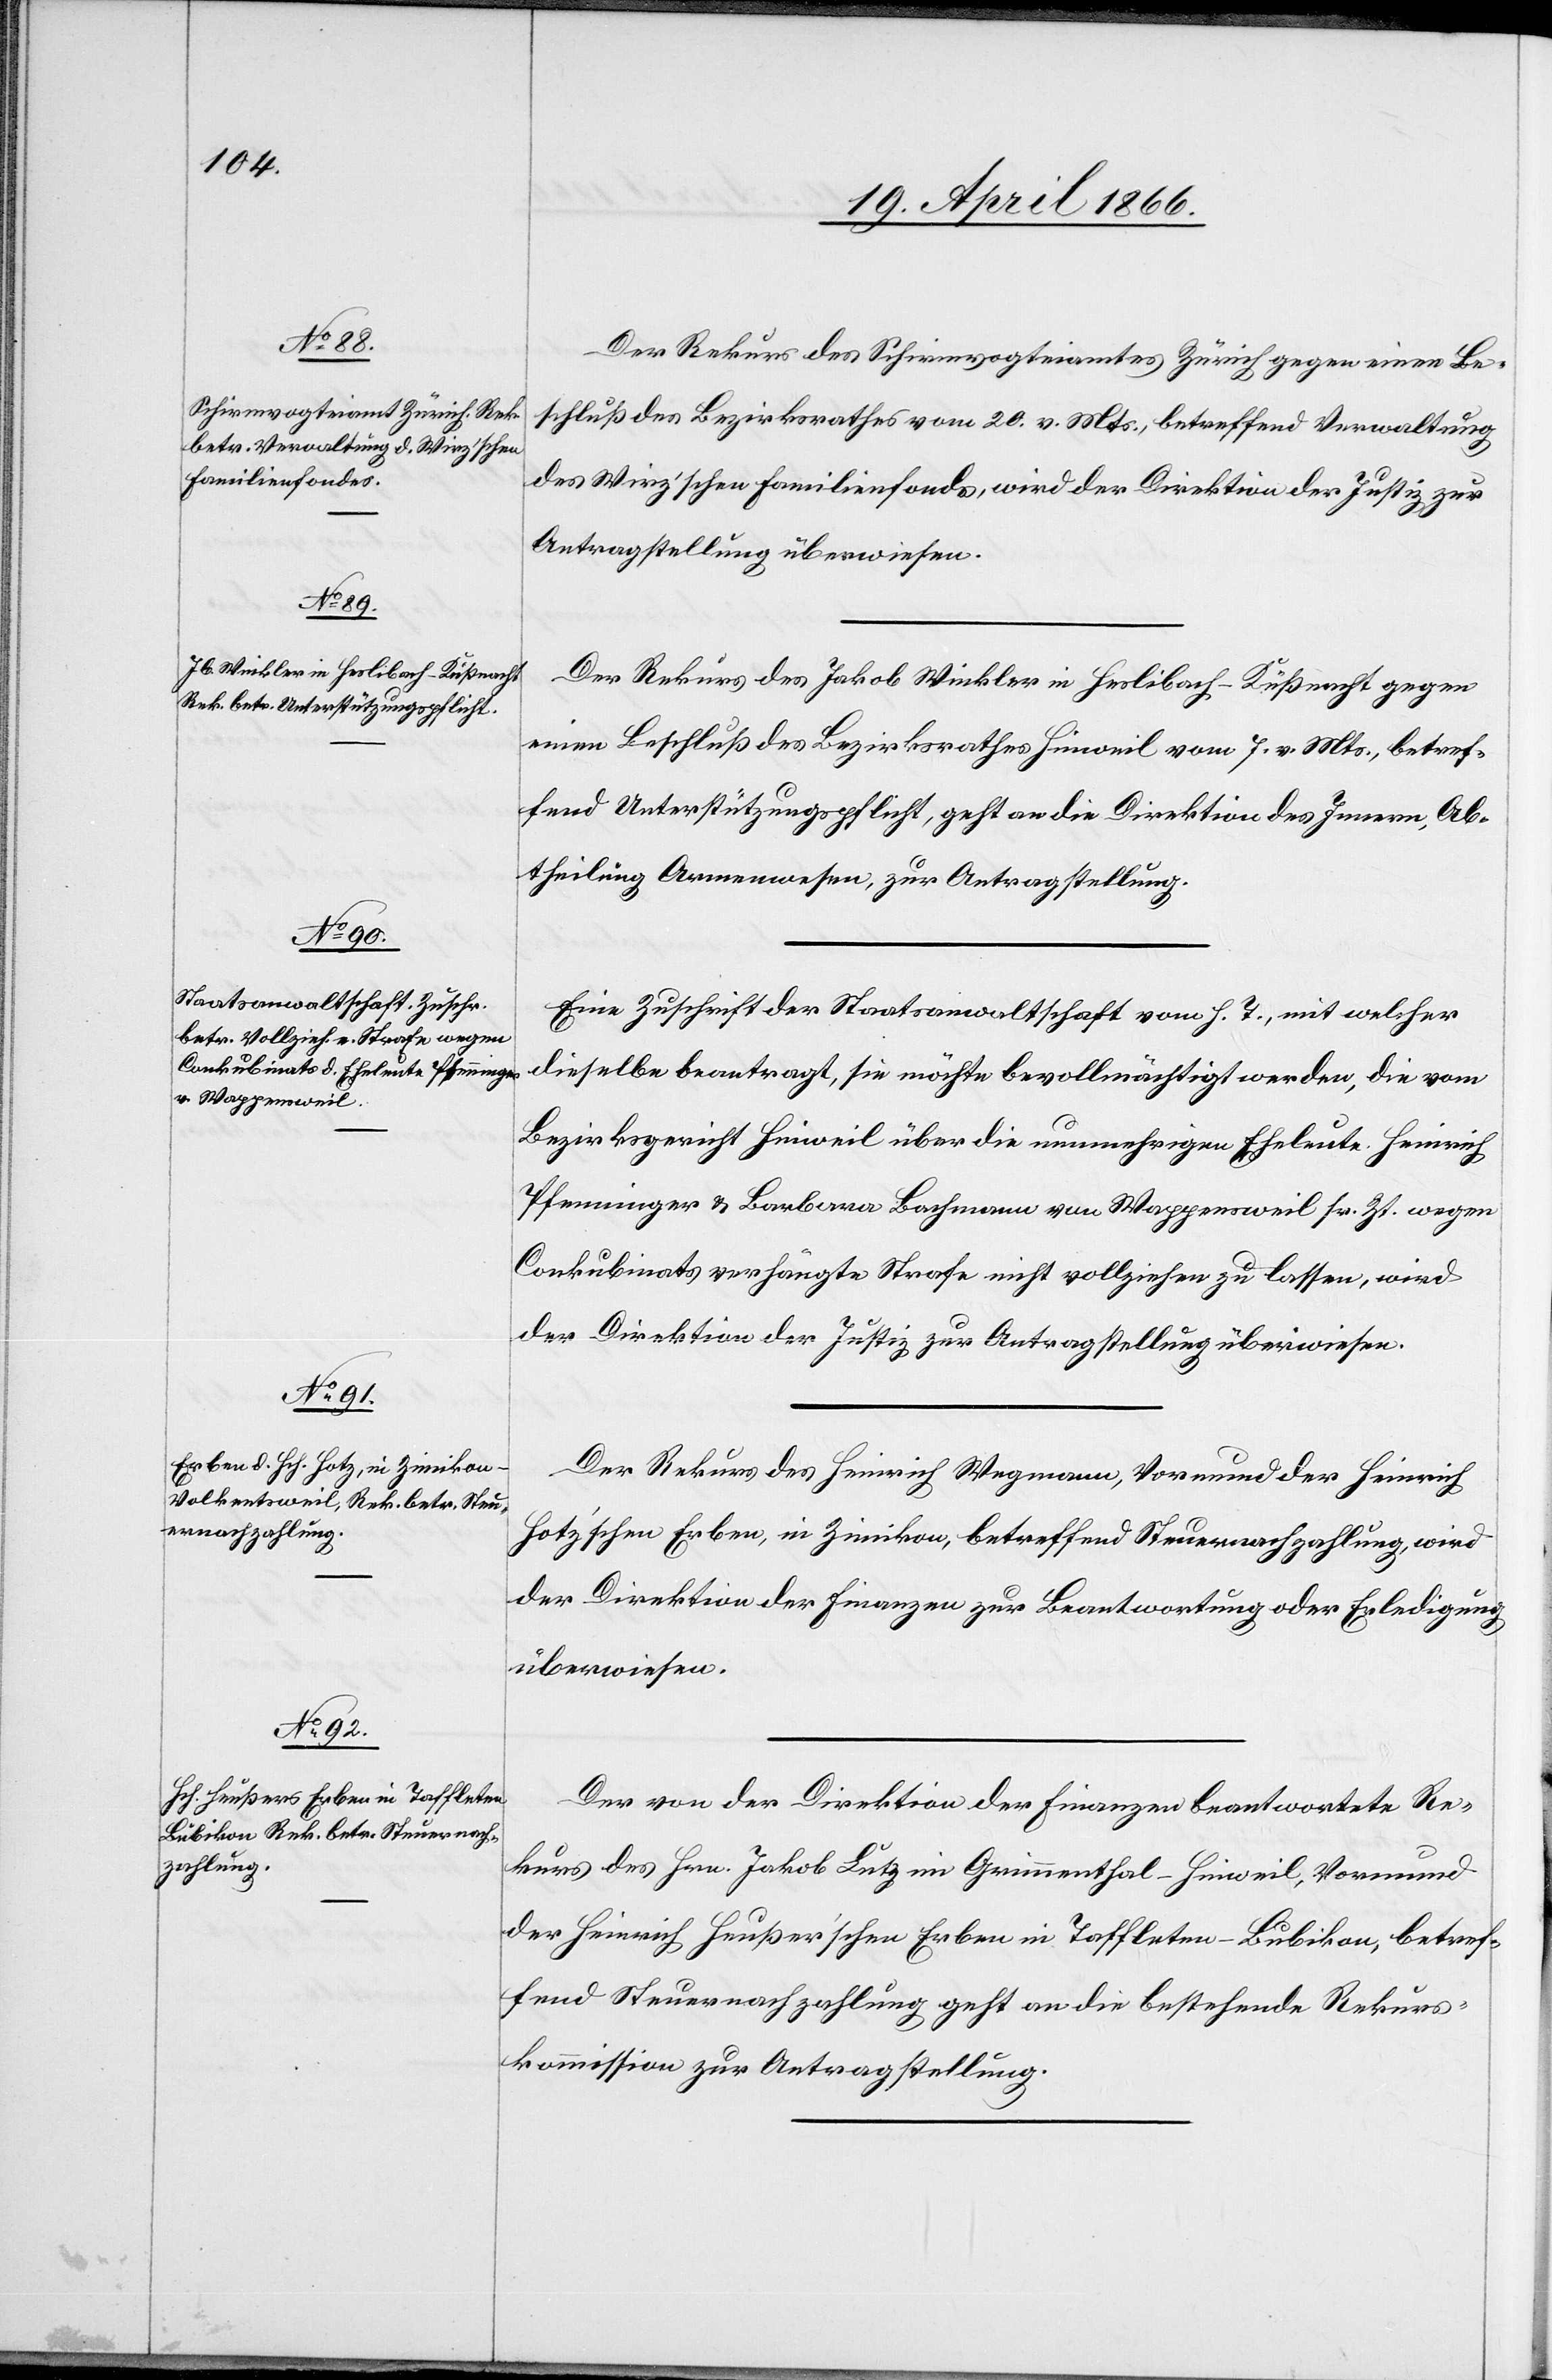
20. April 1866.]
Der Rekurs des Schirmvogteiamtes Zürich gegen eine Be¬
schluß des Bezirksrathes vom 20. v. Mts., betreffend Verwaltung
des Wirz’schen Familienfondes, wird der Direktion der Justiz zur
Antragstellung überwiesen.
Der Rekurs des Jakob Winkler in Heslibach-Küßnacht gegen
einen Beschluß des Bezirksrathes Hinweil vom 7. v. Mts., betref¬
fend Unterstützungspflicht, geht an die Direktion des Innern, Ab¬
theilung Armenwesen, zur Antragstellung.
Eine Zuschrift der Staatsanwaltschaft vom h. T., mit welcher
dieselbe beantragt, sie möchte bevollmächtigt werden, die vom
Bezirksgericht Hinweil über die nunmehrigen Eheleute Heinrich
Pfenninger u. Barbara Bachmann von Wappensweil sr. Zt. wegen
Conkubinats verhängte Strafe nicht vollziehen zu lassen, wird
der Direktion der Justiz zur Antragstellung überwiesen.
Der Rekurs des Heinrich Wegmann, Vormund der Heinrich
Hotz’schen Erben, in Zimikon, betreffend Steuernachzahlung, wird
der Direktion der Finanzen zur Beantwortung oder Erledigung
überwiesen.
Der von der Direktion der Finanzen beantwortete Re¬
kurs des Hrn. Jakob Lutz im Grimmenthal-Hinweil, Vormund
der Heinrich Heußer’schen Erben in Taffleten-Bubikon, betref¬
fend Steuernachzahlung geht an die bestehende Rekurs¬
kommission zur Antragstellung.